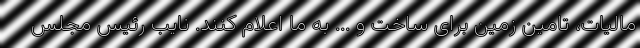
مالیات، تامین زمین برای ساخت و ... به ما اعلام کنند. نایب رئیس مجلس